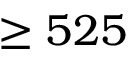
\ge 5 2 5